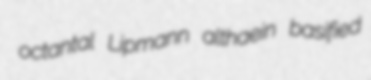
octantal Lipmann althaein basified